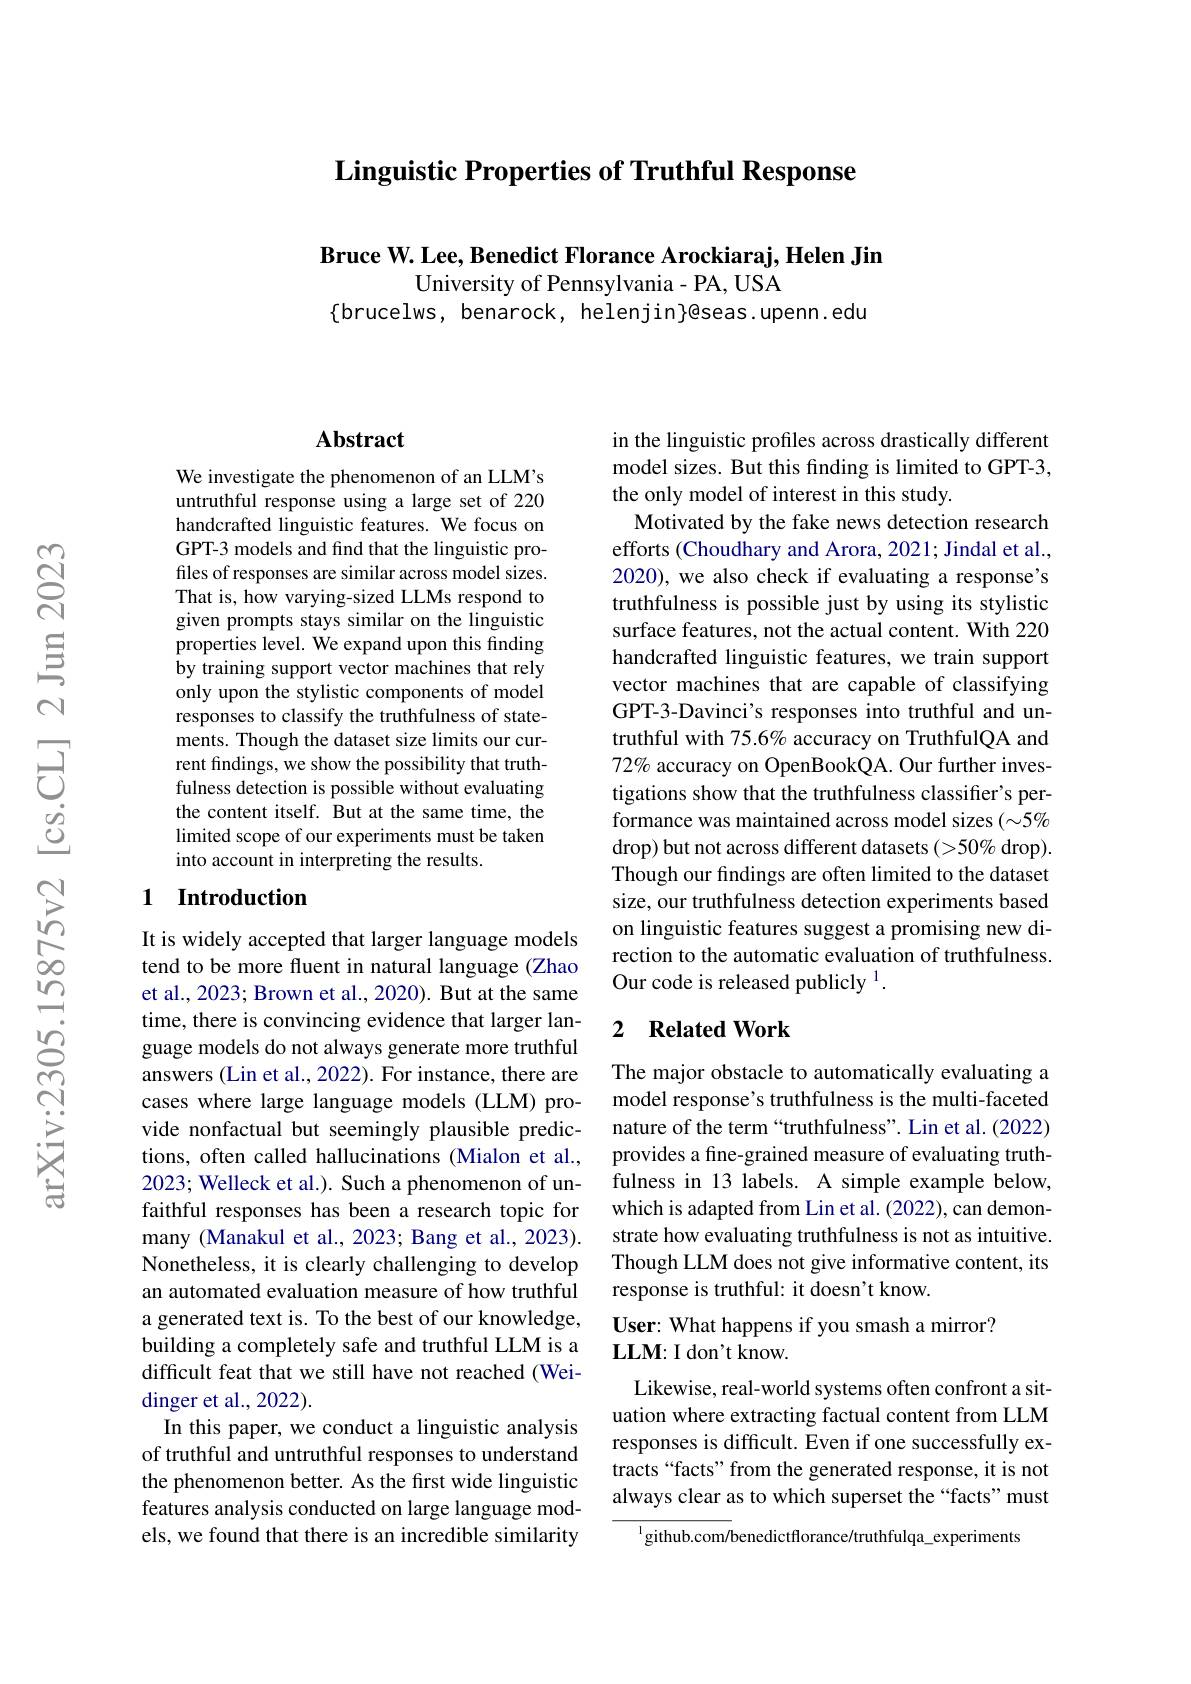
# Linguistic Properties of Truthful Response

$\textbf{Bruce W. Lee, Benedict Florance Arockiaraj, Helen Jin}$

University of Pennsylvania- PA, USA
$\{$brucelws, benarock, helenjin$\}$@seas.upenn.edu

## Abstract

We investigate the phenomenon of an LLM's untruthful response using a large set of 220 handcrafted linguistic features. We focus on GPT-3 models and find that the linguistic profiles of responses are similar across model sizes. That is, how varying-sized LLMs respond to given prompts stays similar on the linguistic properties level. We expand upon this finding by training support vector machines that rely only upon the stylistic components of model responses to classify the truthfulness of statements. Though the dataset size limits our current findings, we show the possibility that truthfulness detection is possible without evaluating the content itself. But at the same time, the limited scope of our experiments must be taken into account in interpreting the results.

## 1 Introduction

It is widely accepted that larger language models tend to be more fluent in natural language (Zhao et al., 2023; Brown et al., 2020). But at the same time, there is convincing evidence that larger language models do not always generate more truthful answers (Lin et al., 2022). For instance, there are cases where large language models (LLM) provide nonfactual but seemingly plausible predictions, often called hallucinations (Mialon et al., 2023; Welleck et al.). Such a phenomenon of unfaithful responses has been a research topic for many (Manakul et al., 2023; Bang et al., 2023). Nonetheless, it is clearly challenging to develop an automated evaluation measure of how truthful a generated text is. To the best of our knowledge, building a completely safe and truthful LLM is a difficult feat that we still have not reached (Weidinger et al., 2022).
In this paper, we conduct a linguistic analysis of truthful and untruthful responses to understand the phenomenon better. As the first wide linguistic features analysis conducted on large language models, we found that there is an incredible similarity

in the linguistic profiles across drastically different model sizes. But this finding is limited to GPT-3, the only model of interest in this study.
Motivated by the fake news detection research efforts (Choudhary and Arora, 2021; Jindal et al., 2020), we also check if evaluating a response's truthfulness is possible just by using its stylistic surface features, not the actual content. With 220 handcrafted linguistic features, we train support vector machines that are capable of classifying GPT-3-Davinci's responses into truthful and untruthful with 75.6% accuracy on TruthfulQA and 72% accuracy on OpenBookQA. Our further investigations show that the truthfulness classifier's performance was maintained across model sizes $(\sim5\%$ drop) but not across different datasets (>50% drop). Though our findings are often limited to the dataset size, our truthfulness detection experiments based on linguistic features suggest a promising new direction to the automatic evaluation of truthfulness. Our code is released publicly $^{1}.$

## 2 Related Work

The major obstacle to automatically evaluating a model response's truthfulness is the multi-faceted nature of the term“truthfulness”. Lin et al.(2022) provides a fine-grained measure of evaluating truthfulness in 13 labels. A simple example below, which is adapted from Lin et al. (2022), can demonstrate how evaluating truthfulness is not as intuitive. Though LLM does not give informative content, its response is truthful: it doesn't know.
User: What happens if you smash a mirror?

## $\mathbf{LLM:I~don't~know.}$

Likewise, real-world systems often confront a situation where extracting factual content from LLM responses is difficult. Even if one successfully extracts“facts” from the generated response, it is not always clear as to which superset the “facts”must

$^{1}$github.com/benedictflorance/truthfulqa\_experiments